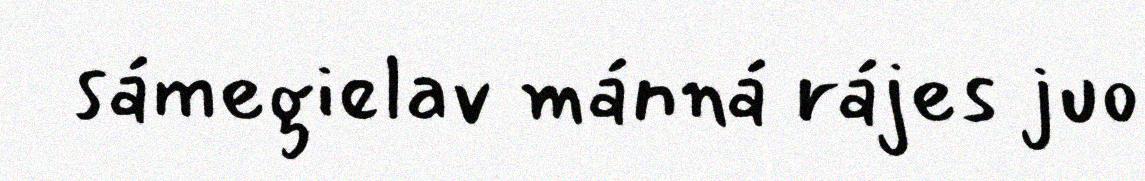
sámegielav mánná rájes juo